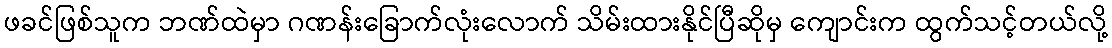
ဖခင်ဖြစ်သူက ဘဏ်ထဲမှာ ဂဏန်းခြောက်လုံးလောက် သိမ်းထားနိုင်ပြီဆိုမှ ကျောင်းက ထွက်သင့်တယ်လို့